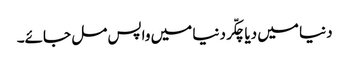
دنیا میں دیا چکّر دنیا میں واپس مل جائے۔